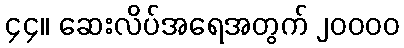
၄၄။ ဆေးလိပ်အရေအတွက် ၂၀၀၀၀